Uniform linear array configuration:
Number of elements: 32
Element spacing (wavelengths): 1
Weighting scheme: cosine
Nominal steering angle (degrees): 30
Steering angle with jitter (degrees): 29.833
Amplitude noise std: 0.05
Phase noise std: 0.05

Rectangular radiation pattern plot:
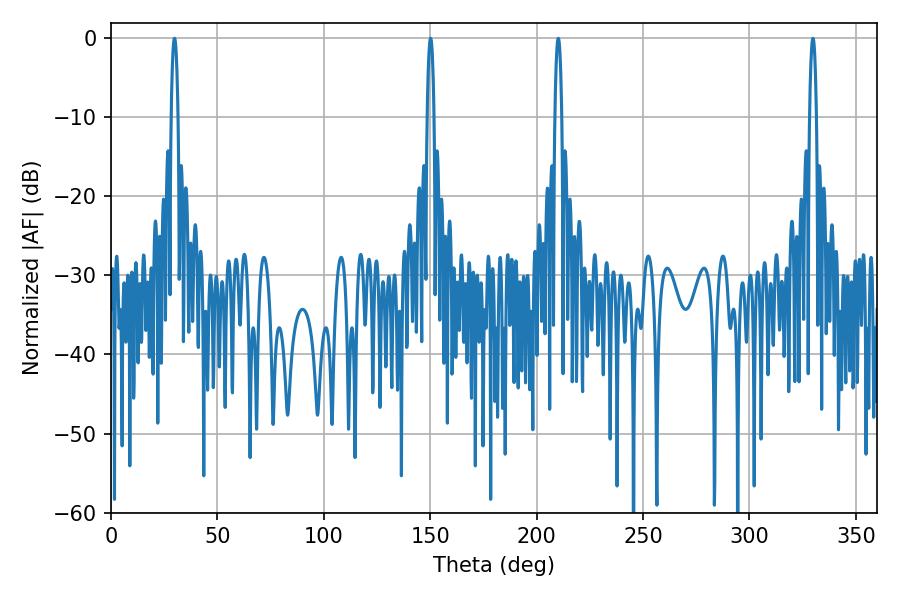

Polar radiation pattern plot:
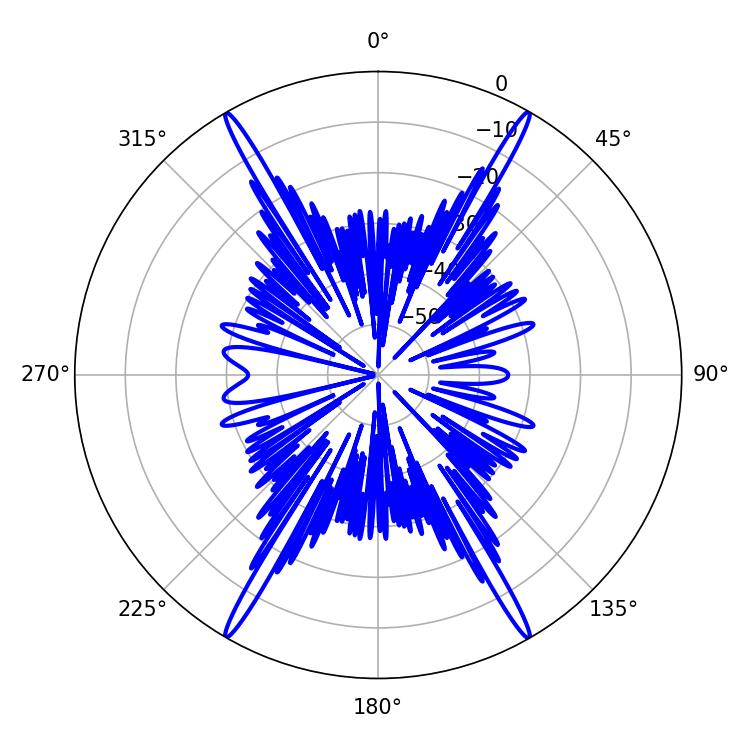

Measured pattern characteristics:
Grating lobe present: TRUE
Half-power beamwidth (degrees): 1.8
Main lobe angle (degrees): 29.88